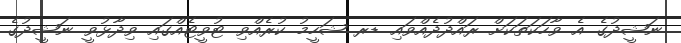
ނަޝީދުގެ އެ ވާހަކަތަކަަށް ރައްދުދެއްވައި ޑރ ޝަހީމު ކުރެއްވި ޓުވީޓެއްގައި ވިދާޅުވީ ނަޝީދުގެ